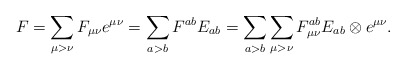
\begin{align*}F= \sum_{\mu>\nu}F_{\mu\nu}e^{\mu\nu}= \sum_{a>b} F^{ab} E_{ab} =\sum_{a>b}\sum_{\mu>\nu}F^{ab}_{\mu\nu}E_{ab} \otimes e^{\mu\nu}.\end{align*}